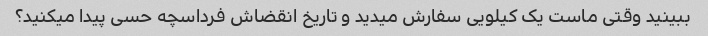
ببینید وقتی ماست یک کیلویی سفارش میدید و تاریخ انقضاش فرداسچه حسی پیدا میکنید؟